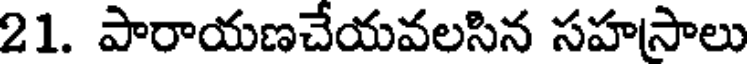
21. పారాయణచేయవలసిన సహసాలు